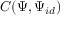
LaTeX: \; C ( \Psi , \Psi _ { i d } )